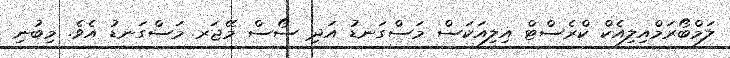
ލަމްބޯރަމްއިލިއެކް ކްރެސްޓް އިލިއަކަސް މަސްގަނޑު އަދި ސޯސް މޭޖަރ މަސްގަނޑު އެވެ. މިބުނި